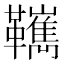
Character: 𩍺